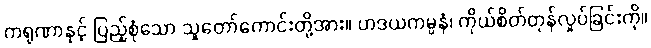
ကရုဏာနှင့် ပြည့်စုံသော သူတော်ကောင်းတို့အား။ ဟဒယကမ္ပနံ၊ ကိုယ်စိတ်တုန်လှုပ်ခြင်းကို။